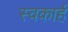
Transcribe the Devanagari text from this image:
स्वकार्ह